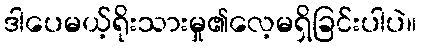
ဒါပေမယ့်ရိုးသားမှု၏လေ့မရှိခြင်းပါပဲ။